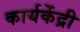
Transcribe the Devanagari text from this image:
कार्यकेंद्री